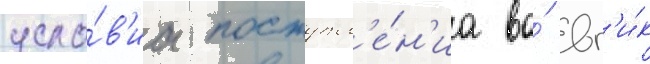
усло́в'иа поступл'е́н'иа во́ вг'и́к